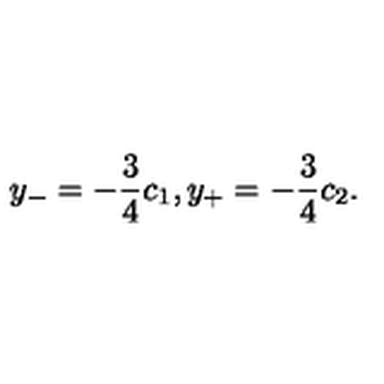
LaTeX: y _ { - } = - \frac { 3 } { 4 } c _ { 1 } , y _ { + } = - \frac { 3 } { 4 } c _ { 2 } .